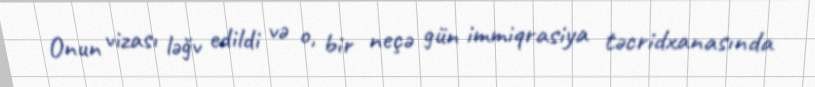
Onun vizası ləğv edildi və o, bir neçə gün immiqrasiya təcridxanasında